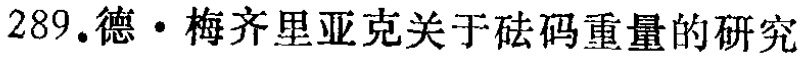
289.德·梅齐里亚克关于砝码重量的研究